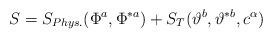
LaTeX: \begin{align*}S = S_{Phys.}(\Phi^a,\Phi^{\ast a}) + S_T(\vartheta^b,\vartheta^{\ast b}, c^\alpha)\end{align*}